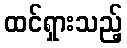
ထင်ရှားသည့်